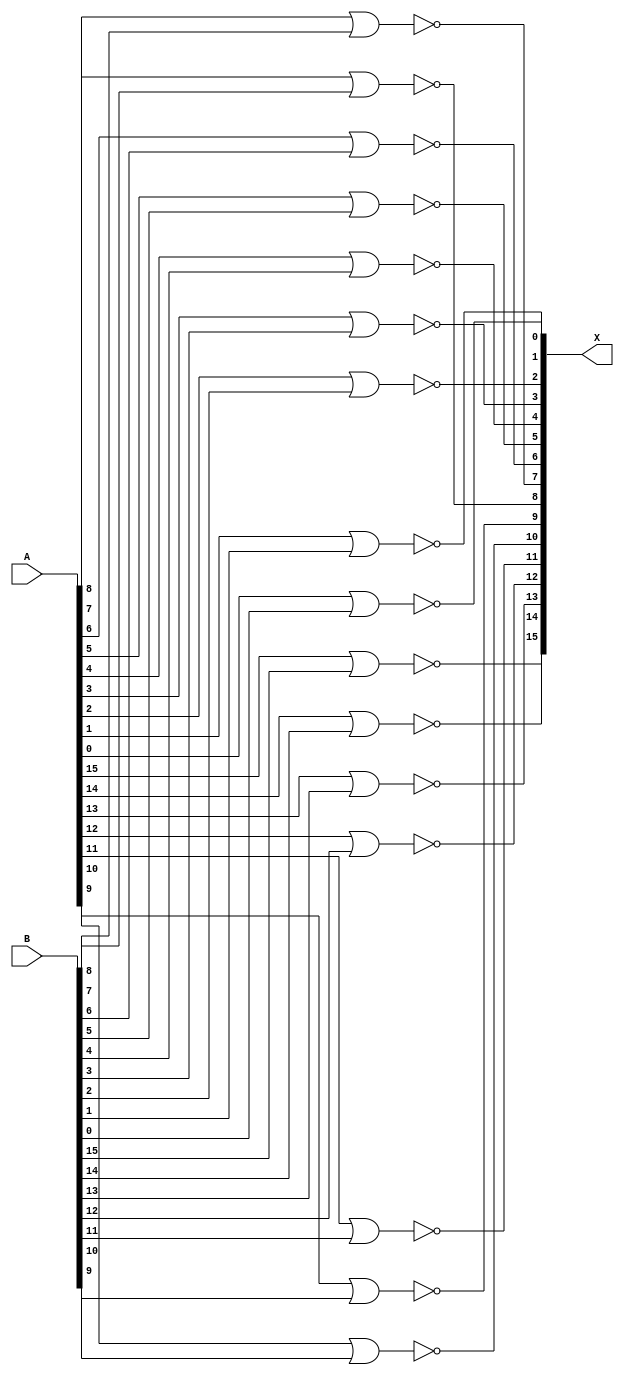
module BNOR16(input [15:0] A, input [15:0] B, output [15:0] X);

assign X[15] = !(A[15]|B[15]);
assign X[14] = !(A[14]|B[14]);
assign X[13] = !(A[13]|B[13]);
assign X[12] = !(A[12]|B[12]);
assign X[11] = !(A[11]|B[11]);
assign X[10] = !(A[10]|B[10]);
assign X[9] = !(A[9]|B[9]);
assign X[8] = !(A[8]|B[8]);
assign X[7] = !(A[7]|B[7]);
assign X[6] = !(A[6]|B[6]);
assign X[5] = !(A[5]|B[5]);
assign X[4] = !(A[4]|B[4]);
assign X[3] = !(A[3]|B[3]);
assign X[2] = !(A[2]|B[2]);
assign X[1] = !(A[1]|B[1]);
assign X[0] = !(A[0]|B[0]);

endmodule